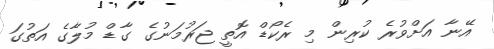
އޭނާ އަށްވުރެ ކުރިން މި ރެކޯޑް އޮތީ ޖަރުމަނުގެ ގާޑް މުލާގެ އަތުގަ